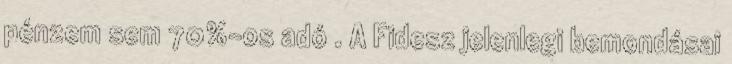
pénzem sem 70%-os adó . A Fidesz jelenlegi bemondásai